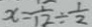
x = \frac { 1 } { 1 2 } \div \frac { 1 } { 2 }